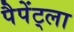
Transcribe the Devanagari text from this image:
पैपेंट्ला